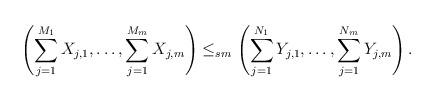
LaTeX: \begin{align*}\left( \sum_{j=1}^{M_1} X_{j,1}, \ldots, \sum_{j=1}^{M_m} X_{j,m} \right) \le_{sm}\left( \sum_{j=1}^{N_1} Y_{j,1}, \ldots, \sum_{j=1}^{N_m} Y_{j,m} \right).\end{align*}